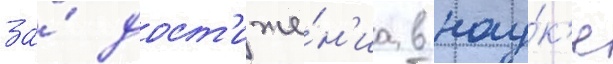
за́ дост'иже́н'иа в нау́к'е